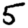
Digit: 5